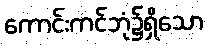
ကောင်းကင်ဘုံ၌ရှိသော